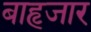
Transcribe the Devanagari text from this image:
बाहृजार